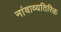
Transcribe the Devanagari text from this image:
नांवाव्यतिरिक्त